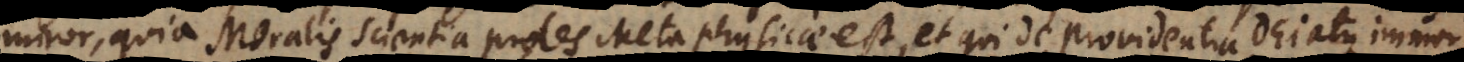
miror, quia Moralis Scientia proles Metaphysicae est, et qui de providentia Dei atque immor